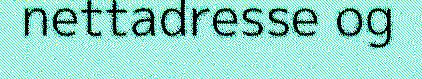
nettadresse og